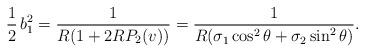
LaTeX: \begin{align*} \frac 12\, b_1^2 = \frac 1{R(1+2RP_2(v))} = \frac 1{R(\sigma_1\cos^2\theta + \sigma_2\sin^2\theta)}. \end{align*}